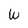
Character: W